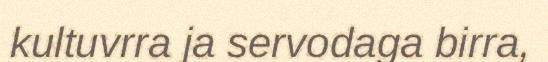
kultuvrra ja servodaga birra,